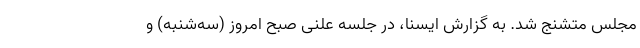
مجلس متشنج شد. به گزارش ایسنا، در جلسه علنی صبح امروز (سه‌شنبه) و